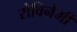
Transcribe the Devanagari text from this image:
रोविनेमी